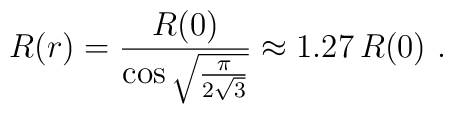
R(r) =  {R(0)\over \cos\sqrt{\pi\over 2\sqrt 3}} \approx 1.27\, R(0) \ .